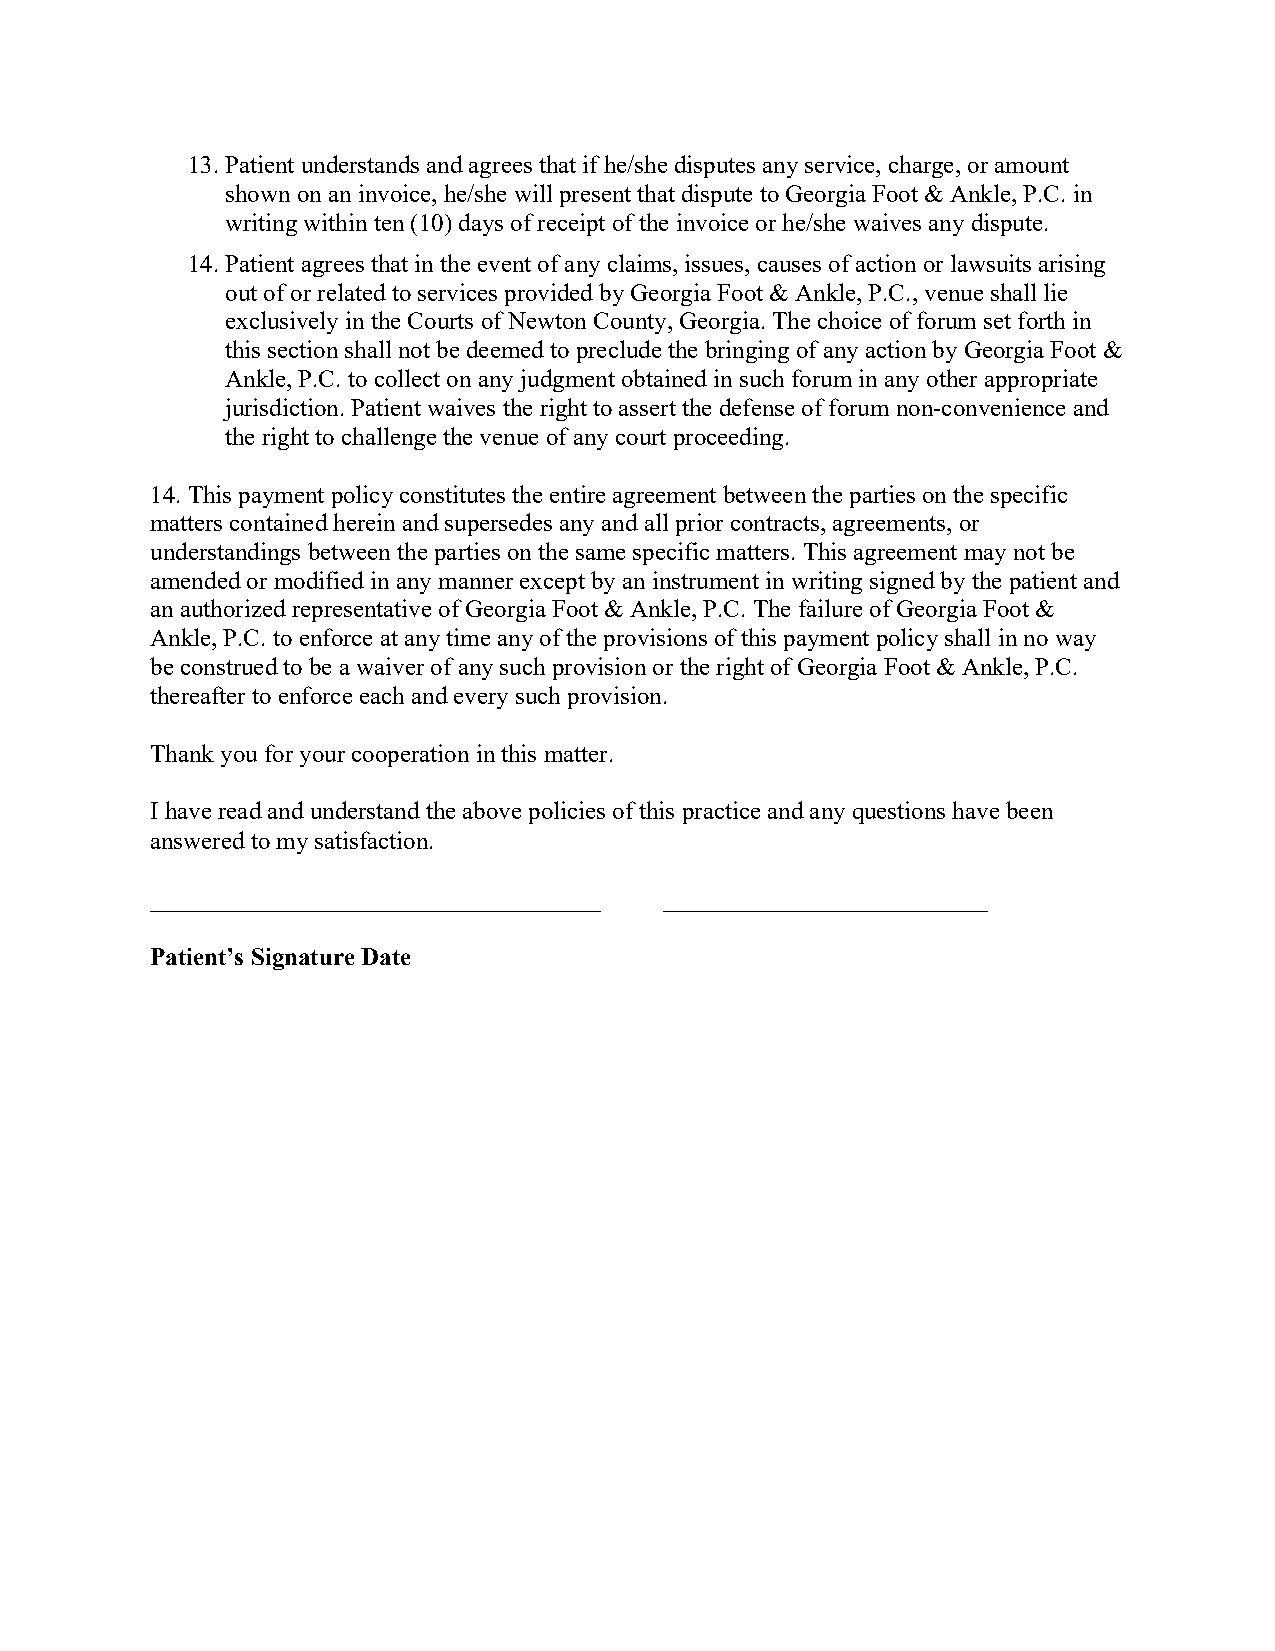
13. Patient understands and agrees that if he/she disputes any service, charge, or amount
 shown on an invoice, he/she will present that dispute to Georgia Foot & Ankle, P.C. in
 writing within ten (10) days of receipt of the invoice or he/she waives any dispute.
 14. Patient agrees that in the event of any claims, issues, causes of action or lawsuits arising
 out of or related to services provided by Georgia Foot & Ankle, P.C., venue shall lie
 exclusively in the Courts of Newton County, Georgia. The choice of forum set forth in
 this section shall not be deemed to preclude the bringing of any action by Georgia Foot &
 Ankle, P.C. to collect on any judgment obtained in such forum in any other appropriate
 jurisdiction. Patient waives the right to assert the defense of forum non-convenience and
 the right to challenge the venue of any court proceeding.
 14. This payment policy constitutes the entire agreement between the parties on the specific
 matters contained herein and supersedes any and all prior contracts, agreements, or
 understandings between the parties on the same specific matters. This agreement may not be
 amended or modified in any manner except by an instrument in writing signed by the patient and
 an authorized representative of Georgia Foot & Ankle, P.C. The failure of Georgia Foot &
 Ankle, P.C. to enforce at any time any of the provisions of this payment policy shall in no way
 be construed to be a waiver of any such provision or the right of Georgia Foot & Ankle, P.C.
 thereafter to enforce each and every such provision.
 Thank you for your cooperation in this matter.
 I have read and understand the above policies of this practice and any questions have been
 answered to my satisfaction.
 ____________________________________ __________________________
 Patient’s Signature Date